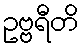
ဥဗ္ဗရီတိ